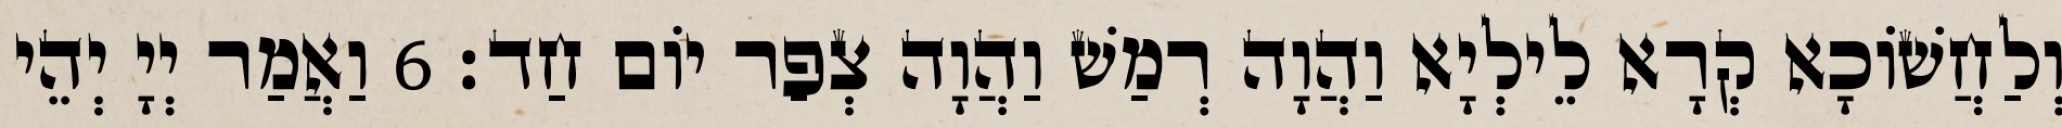
וְלַחֲשׁוֹכָא קְרָא לֵילְיָא וַהֲוָה רְמַשׁ וַהֲוָה צְפַר יוֹם חַד׃ 6 וַאֲמַר יְיָ יְהֵי